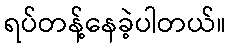
ရပ်တန့်နေခဲ့ပါတယ်။